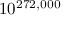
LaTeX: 1 0 ^ { 2 7 2 , 0 0 0 }